Scottish Leaving Certificate Examination, 1959
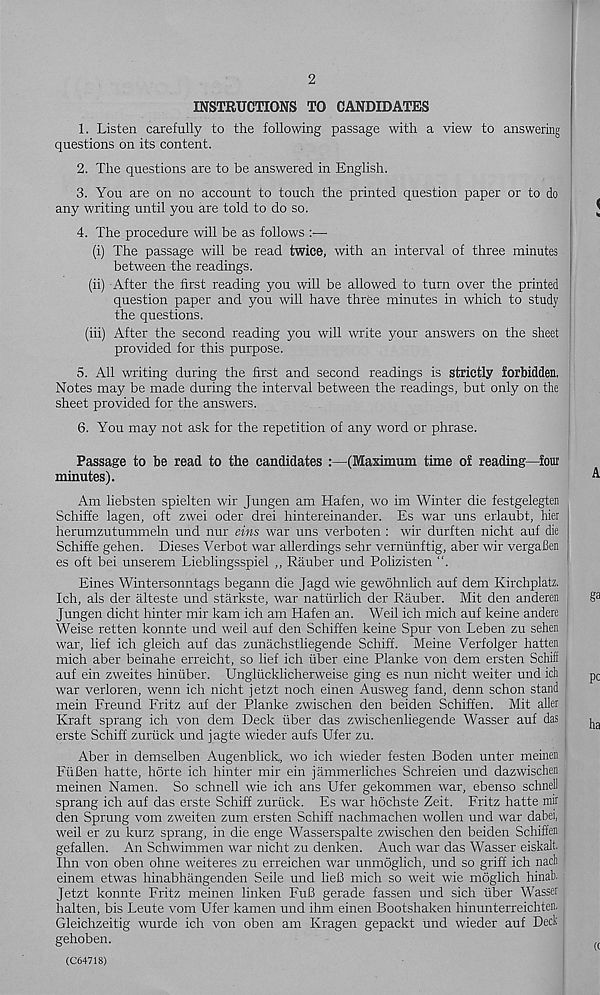
2
INSTRUCTIONS TO CANDIDATES
1. Listen carefully to the following passage with a view to answering
questions on its content.
2. The questions are to be answered in English.
3. You are on no account to touch the printed question paper or to do
any writing until you are told to do so.
4. The procedure will be as follows :—
(i) The passage will be read twice, with an interval of three minutes
between the readings.
(ii) After the first reading you will be allowed to turn over the printed
question paper and you will have three minutes in which to study
the questions.
(iii) After the second reading you will write your answers oxr the sheet
provided for this purpose.
5. All writing during the first and second readings is strictly forbidden.
Notes may be made during the interval between the readings, but only on the
sheet provided for the answers.
6. You may not ask for the repetition of any word or phrase.
Passage to be read to the candidates :—(Maximum time of reading—four
minutes).
Am liebsten spielten wir Jungen am Hafen, wo im Winter die festgelegten
Schiffe lagen, oft zwei oder drei hintereinander. Es war uns erlaubt, hier
herumzutummeln und nur eins war uns verboten : wir durften nicht auf die
Schiffe gehen. Dieses Verbot war allerdings sehr verminftig, aber wir vergaBen
es oft bei unserem Lieblingsspiel ,, Rauber und Polizisten “.
Eines Wintersonntags begann die Jagd wie gewohnlich auf dem Kirchplatz.
Ich, als der alteste und starkste, war naturlich der Rauber. Mit den anderen
Jungen dicht hinter mir kam ich am Hafen an. Weil ich mich auf keine andere
Weise retten konnte und weil auf den Schiffen keine Spur von Leben zu sehen
war, lief ich gleich auf das zunachstliegende Schiff. Meine Verfolger hatten
mich aber beinahe erreicht, so lief ich liber eine Planke von dem ersten Schiff
auf ein zweites hiniiber. Ungliicklicherweise ging es nun nicht weiter und ich !
war verloren, wenn ich nicht jetzt noch einen Ausweg fand, denn schon stand
mein Freund Fritz auf der Planke zwischen den beiden Schiffen. Mit aller
Kraft sprang ich von dem Deck tiber das zwischenliegende Wasser auf das
erste Schiff zuriick und jagte wieder aufs Ufer zu.
Aber in demselben Augenblick, wo ich wieder festen Boden unter meinen
FiiBen hatte, hbrte ich hinter mir ein jammerliches Schreien und dazwischen
meinen Namen. So schnell wie ich ans Ufer gekommen war, ebenso schnell
sprang ich auf das erste Schiff zuriick. Es war hochste Zeit. Fritz hatte mir
den Sprung vom zweiten zum ersten Schiff nachmachen wollen und war dabei,
weil er zu kurz sprang, in die enge Wasserspalte zwischen den beiden Schiffen
gefallen. An Schwimmen war nicht zu denken. Auch war das Wasser eiskalt.
Ihn von oben ohne weiteres zu erreichen war unmoglich, und so griff ich nach
einem etwas hinabhangenden Seile und lieB mich so weit wie moglich hinab.
Jetzt konnte Fritz meinen linken FuB gerade fassen und sich fiber Wasset
halten, bis Leute vom Ufer kamen und ihm einen Bootshaken hinunterreichten.
Gleichzeitig wurde ich von oben am Kragen gepackt und wieder auf Deck
gehoben.
(C64718)